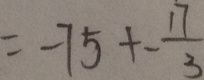
= - 7 5 + - \frac { 1 7 } { 3 }